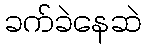
ခက်ခဲနေဆဲ